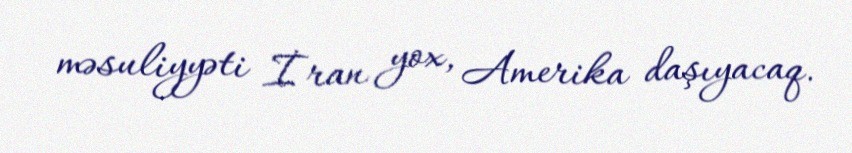
məsuliyyəti İran yox, Amerika daşıyacaq.